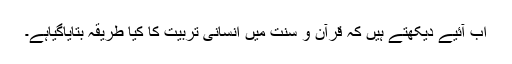
اب آئیے دیکھتے ہیں کہ قرآن و سنّت میں انسانی تربیّت کا کیا طریقہ بتایاگیاہے۔